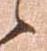
候